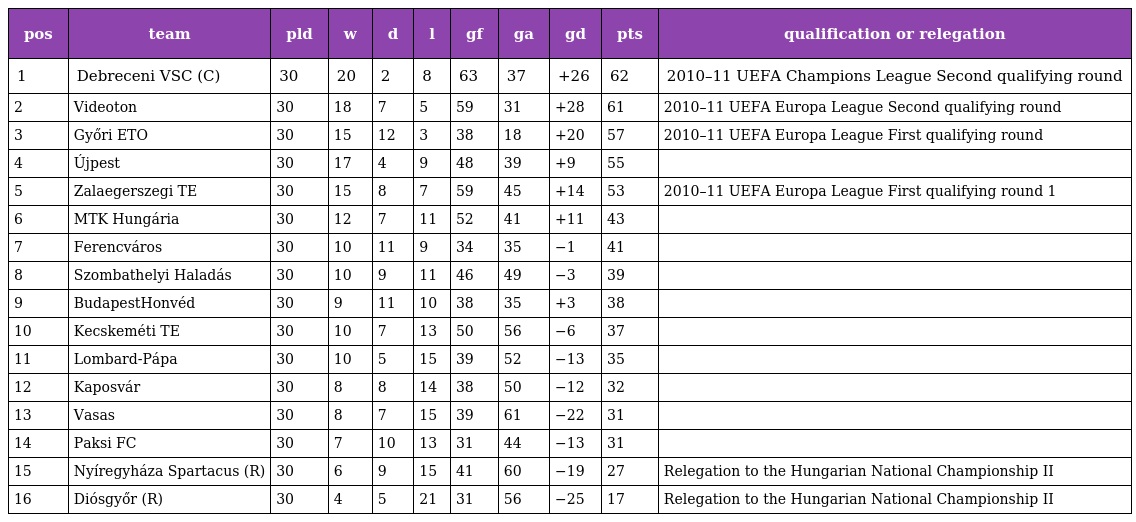
| pos | team | pld | w | d | l | gf | ga | gd | pts | qualification or relegation |
 | --- | --- | --- | --- | --- | --- | --- | --- | --- | --- | --- |
 | 1 | Debreceni VSC (C) | 30 | 20 | 2 | 8 | 63 | 37 | +26 | 62 | 2010–11 UEFA Champions League Second qualifying round |
 | 2 | Videoton | 30 | 18 | 7 | 5 | 59 | 31 | +28 | 61 | 2010–11 UEFA Europa League Second qualifying round |
 | 3 | Győri ETO | 30 | 15 | 12 | 3 | 38 | 18 | +20 | 57 | 2010–11 UEFA Europa League First qualifying round |
 | 4 | Újpest | 30 | 17 | 4 | 9 | 48 | 39 | +9 | 55 |  |
 | 5 | Zalaegerszegi TE | 30 | 15 | 8 | 7 | 59 | 45 | +14 | 53 | 2010–11 UEFA Europa League First qualifying round 1 |
 | 6 | MTK Hungária | 30 | 12 | 7 | 11 | 52 | 41 | +11 | 43 |  |
 | 7 | Ferencváros | 30 | 10 | 11 | 9 | 34 | 35 | −1 | 41 |  |
 | 8 | Szombathelyi Haladás | 30 | 10 | 9 | 11 | 46 | 49 | −3 | 39 |  |
 | 9 | BudapestHonvéd | 30 | 9 | 11 | 10 | 38 | 35 | +3 | 38 |  |
 | 10 | Kecskeméti TE | 30 | 10 | 7 | 13 | 50 | 56 | −6 | 37 |  |
 | 11 | Lombard-Pápa | 30 | 10 | 5 | 15 | 39 | 52 | −13 | 35 |  |
 | 12 | Kaposvár | 30 | 8 | 8 | 14 | 38 | 50 | −12 | 32 |  |
 | 13 | Vasas | 30 | 8 | 7 | 15 | 39 | 61 | −22 | 31 |  |
 | 14 | Paksi FC | 30 | 7 | 10 | 13 | 31 | 44 | −13 | 31 |  |
 | 15 | Nyíregyháza Spartacus (R) | 30 | 6 | 9 | 15 | 41 | 60 | −19 | 27 | Relegation to the Hungarian National Championship II |
 | 16 | Diósgyőr (R) | 30 | 4 | 5 | 21 | 31 | 56 | −25 | 17 | Relegation to the Hungarian National Championship II |